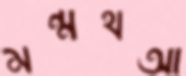
মন্মথআ